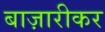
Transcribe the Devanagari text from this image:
बाज़ारीकर